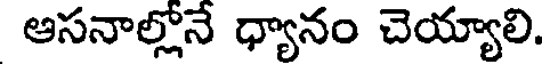
ఆసనాల్లోనే ధ్యానం చెయ్యాలి.